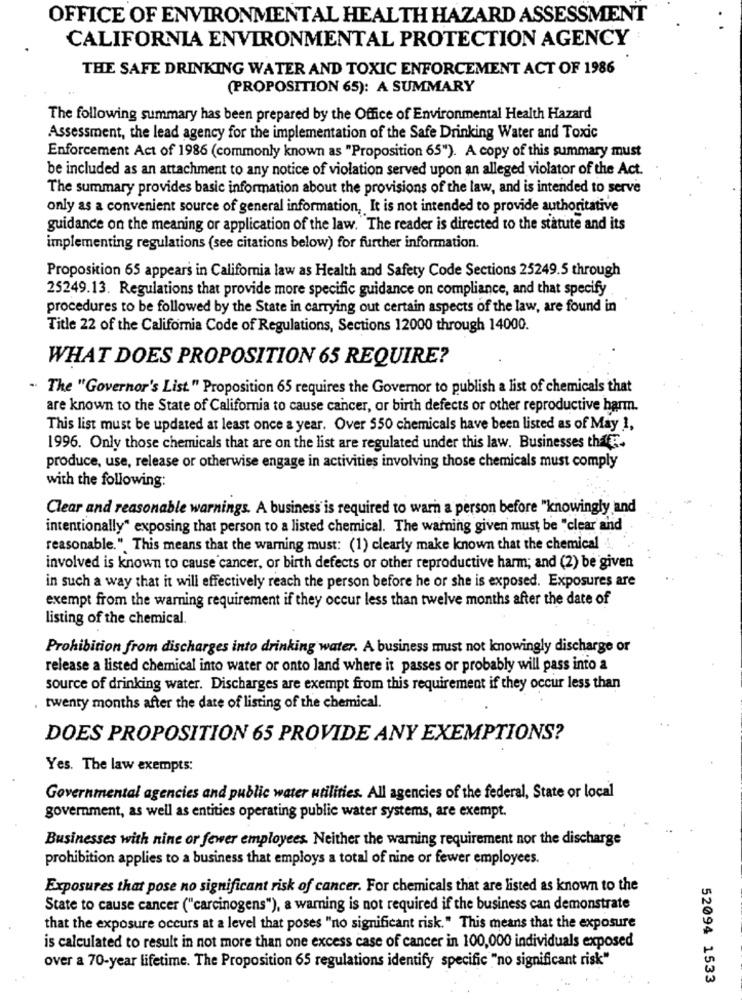
OFFICE OF ENVIRONMENTAL HEALTH HAZARD ASSESSMENT
CALIFORNIA ENVIRONMENTAL PROTECTION AGENCY
THE SAFE DRINKING WATER AND TOXIC ENFORCEMENT ACT OF 1986
(PROPOSITION 65): A SUMMARY
The following summary has been prepared by the Office of Environmental Health Hazard
Assessment, the lead agency for the implementation of the Safe Drinking Water and Toxic
Enforcement Act of 1986 (commonly known as "Proposition 65"). A copy of this summary must
be included as an attachment to any notice of violation served upon an alleged violator of the Act.
The summary provides basic information about the provisions of the law, and is intended to serve
only as a convenient source of general information, It is not intended to provide authoritative
guidance on the meaning or application of the law. The reader is directed to the statute and its
implementing regulations (see citations below) for further information.
Proposition 65 appears in California law as Health and Safety Code Sections 25249.5 through
25249.13. Regulations that provide more specific guidance on compliance, and that specify
procedures to be followed by the State in carrying out certain aspects of the law, are found in
Title 22 of the California Code of Regulations, Sections 12000 through 14000.
WHAT DOES PROPOSITION 65 REQUIRE?
The "Governor's List." Proposition 65 requires the Governor to publish a list of chemicals that
are known to the State of California to cause cancer, or birth defects or other reproductive harm.
This list must be updated at least once a year. Over 550 chemicals have been listed as of May 1,
1996. Only those chemicals that are on the list are regulated under this law. Businesses thatE.
produce, use, release or otherwise engage in activities involving those chemicals must comply
with the following:
Clear and reasonable warnings. A business is required to warn a person before "knowingly and
intentionally" exposing that person to a listed chemical. The warning given must be "clear and
reasonable." This means that the warning must: (1) clearly make known that the chemical ..
involved is known to cause cancer, or birth defects or other reproductive harm; and (2) be given
in such a way that it will effectively reach the person before he or she is exposed. Exposures are
exempt from the warning requirement if they occur less than twelve months after the date of
listing of the chemical.
Prohibition from discharges into drinking water. A business must not knowingly discharge or
release a listed chemical into water or onto land where it passes or probably will pass into a
source of drinking water. Discharges are exempt from this requirement if they occur less than
twenty months after the date of listing of the chemical.
DOES PROPOSITION 65 PROVIDE ANY EXEMPTIONS?
Yes. The law exempts:
Governmental agencies and public water utilities. All agencies of the federal, State or local
government, as well as entities operating public water systems, are exempt.
Businesses with nine or fewer employees. Neither the warning requirement nor the discharge
prohibition applies to a business that employs a total of nine or fewer employees.
Exposures that pose no significant risk of cancer. For chemicals that are listed as known to the
State to cause cancer ("carcinogens"), a warning is not required if the business can demonstrate
that the exposure occurs at a level that poses "no significant risk." This means that the exposure
is calculated to result in not more than one excess case of cancer in 100,000 individuals exposed
over a 70-year lifetime. The Proposition 65 regulations identify specific "no significant risk"
52094 1533